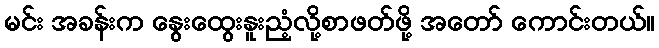
မင်း အခန်းက နွေးထွေးနူးညံ့လို့စာဖတ်ဖို့ အတော် ကောင်းတယ်။